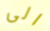
الى